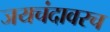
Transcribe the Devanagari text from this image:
जयचंदावरच